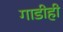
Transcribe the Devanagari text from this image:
गाडीही